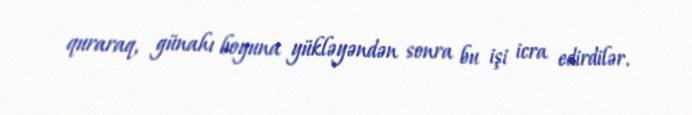
quraraq, günahı boyuna yükləyəndən sonra bu işi icra edirdilər.